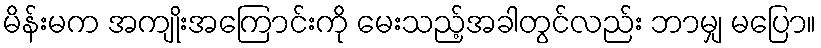
မိန်းမက အကျိုးအကြောင်းကို မေးသည့်အခါတွင်လည်း ဘာမျှ မပြော။